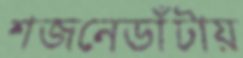
শজনেডাঁটায়